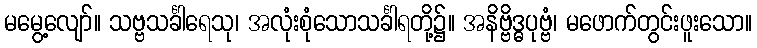
မမွေ့လျော်။ သဗ္ဗသင်္ခါရေသု၊ အလုံးစုံသောသင်္ခါရတို့၌။ အနိဗ္ဗိဒ္ဓပုဗ္ဗံ၊ မဖောက်တွင်းဖူးသော။